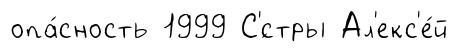
опа́сность 1999 С'́стры Ал'екс'е́й